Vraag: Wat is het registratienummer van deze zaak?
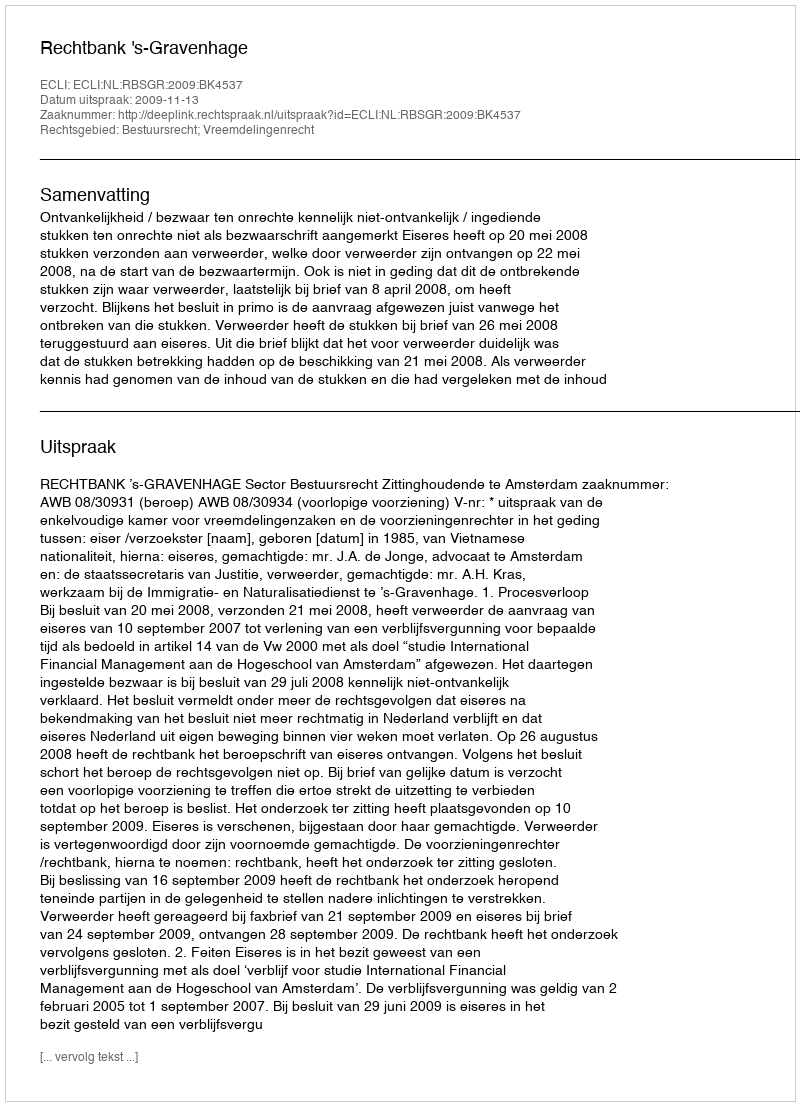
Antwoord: http://deeplink.rechtspraak.nl/uitspraak?id=ECLI:NL:RBSGR:2009:BK4537